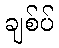
ချစ်ပ်